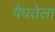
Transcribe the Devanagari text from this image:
वैधतेला